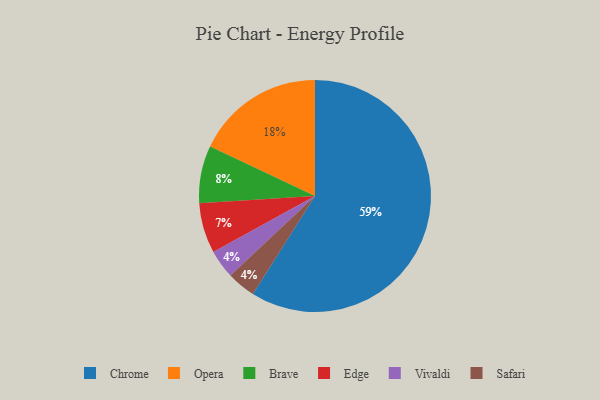
{"axis": {"x": "Category", "y": "Percentage"}, "legend": ["Brave", "Chrome", "Edge", "Opera", "Safari", "Vivaldi"], "data": [{"x": "Opera", "y": 18, "type": "Opera"}, {"x": "Chrome", "y": 59, "type": "Chrome"}, {"x": "Vivaldi", "y": 4, "type": "Vivaldi"}, {"x": "Edge", "y": 7, "type": "Edge"}, {"x": "Brave", "y": 8, "type": "Brave"}, {"x": "Safari", "y": 4, "type": "Safari"}]}